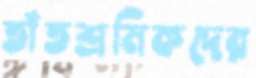
তাঁতশ্রমিকদের